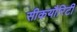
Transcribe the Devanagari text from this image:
सीकयौरिटी